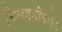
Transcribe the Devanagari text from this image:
चिन्हमीमांसा